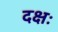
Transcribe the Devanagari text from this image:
दक्षः